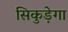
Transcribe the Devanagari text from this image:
सिकुड़ेगा